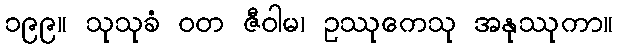
၁၉၉။ သုသုခံ ဝတ ဇီဝါမ၊ ဥဿုကေသု အနုဿုကာ။